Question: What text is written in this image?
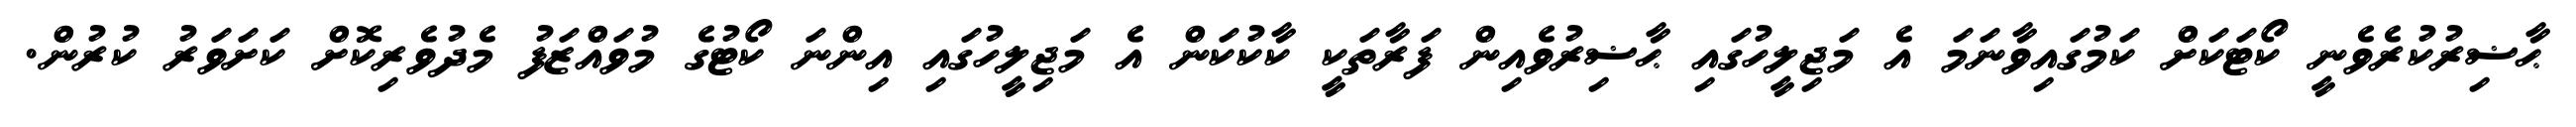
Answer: ޙާޟިރުކުރެވެނީ ކޯޓަކަށް ކަމުގައިވާނަމަ އެ މަޖިލީހުގައި ޙާޟިރުވެއިން ފަރާތަކީ ކާކުކަން އެ މަޖިލީހުގައި އިންނަ ކޯޓުގެ މުވައްޒަފު މެދުވެރިކޮށް ކަށަވަރު ކުރުން.